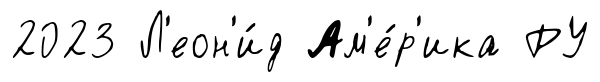
2023 Л'еон'и́д Ам'е́р'ика РУ